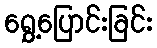
ရွှေ့ပြောင်းခြင်း